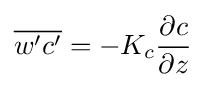
{\overline {w'c'}}=-K_{c}{\frac {\partial c}{\partial z}}